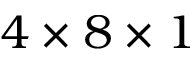
4 \times 8 \times 1